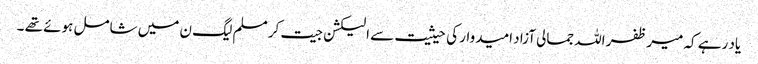
یاد رہے کہ میر ظفر اللہ جمالی آزاد امیدوار کی حیثیت سے الیکشن جیت کر مسلم لیگ ن میں شامل ہوئے تھے ۔